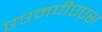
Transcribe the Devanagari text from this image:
एएमपीएएस